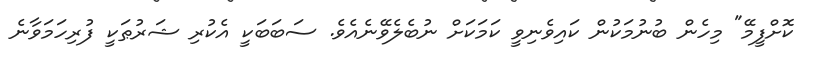
ކޮށްފީމޭ" މިހެން ބުނުމަކުން ކައިވެނިވީ ކަމަކަށް ނުބެލެވޭނެއެވެ. ސަބަބަކީ އެކުރި ޝަރުޠަކީ ފުރިހަމަވާނެ